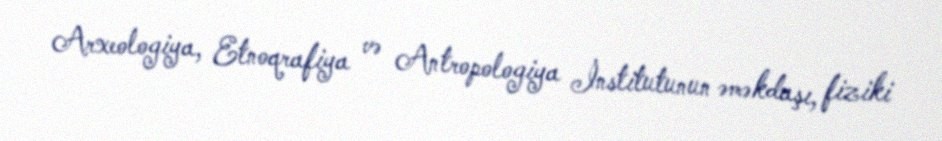
Arxeologiya, Etnoqrafiya və Antropologiya İnstitutunun əməkdaşı, fiziki